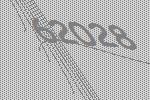
62028